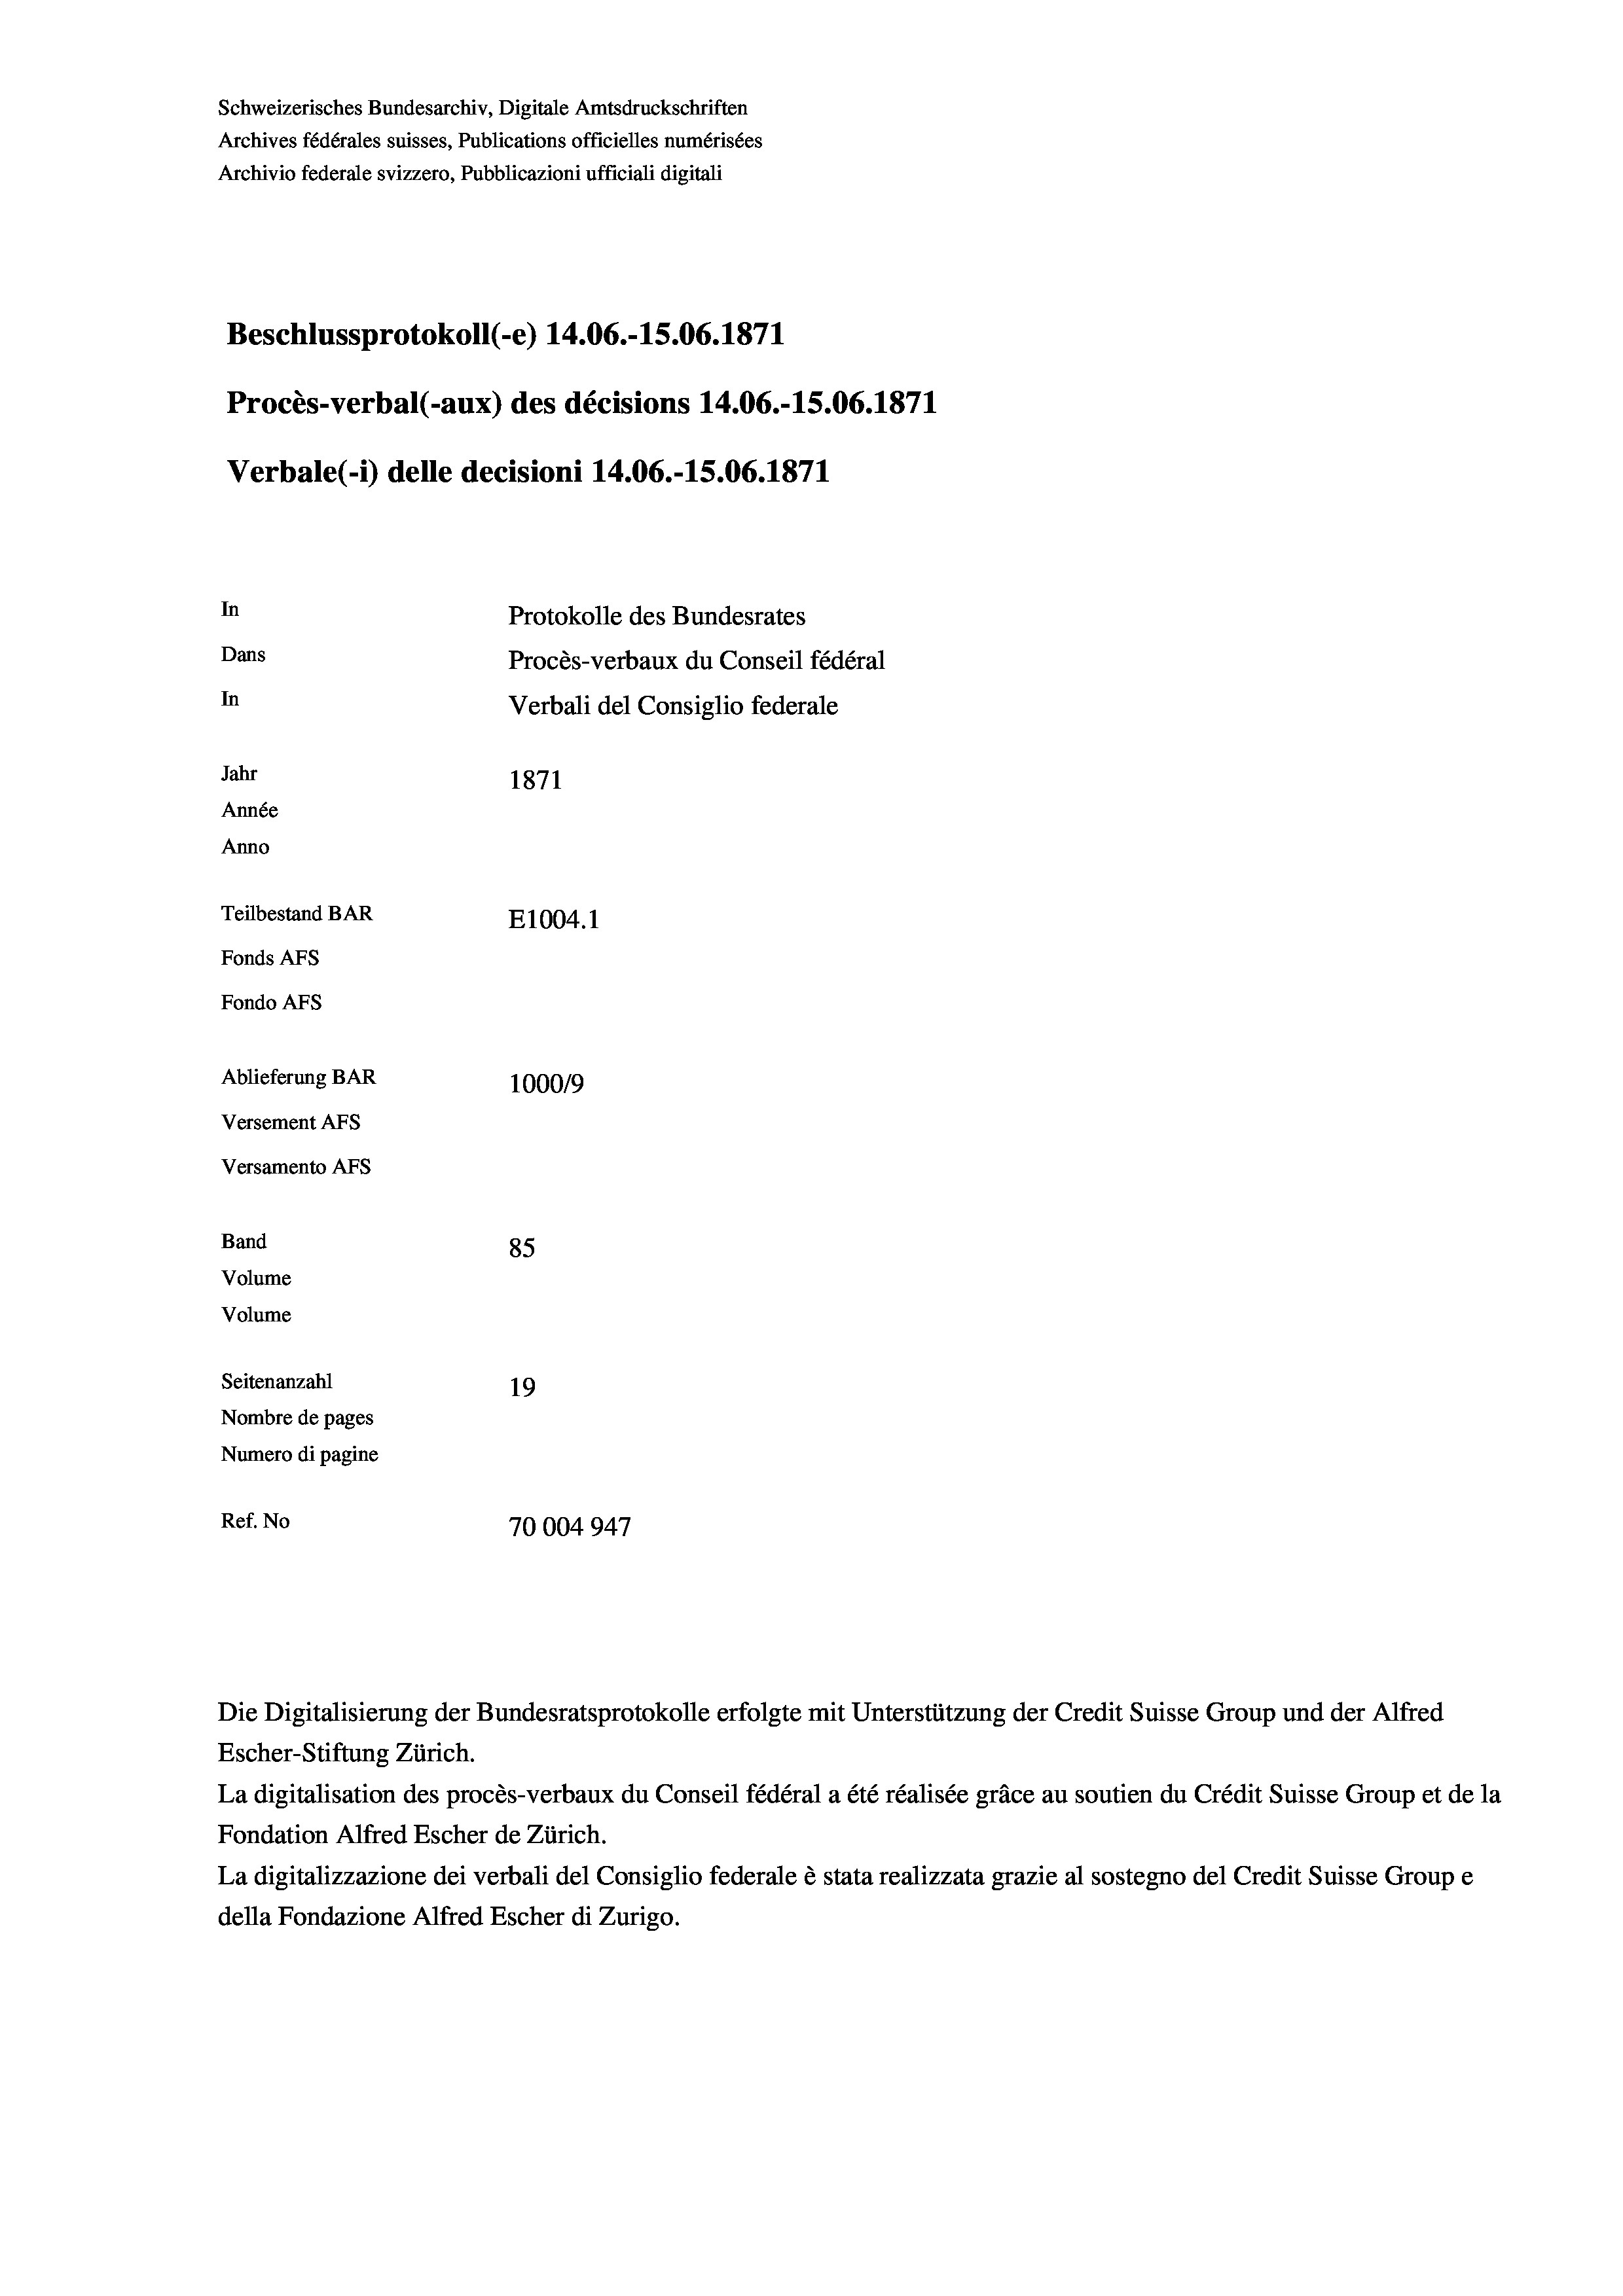
Schweizerisches Bundesarchiv, Digitale Amtsdruckschriften
Archives fédérales suisses, Publications officielles numérisées
Archivio federale svizzero, Pubblicazioni ufficiali digitali
Beschlussprotokoll (-e) 14.06.-15.06. 1871
Procès-verbal (-aux) des décisions 14.06.-15.06. 1871
Verbale (- 1) delle decisioni 14.06.-15.06. 1871
In
Protokolle des Bundesrates
Dans
Procès-verbaux du Conseil fédéral
In
Verbali del Consiglio federale
Jahr
1871
Année
Anno
Teilbestand BAR
E1004. 1
Fonds AFs
Fondo Afs
Ablieferung BAR
100019
Versement AFs
Versamento AFs

85
Seitenanzahl
19
Nombre de pages
Numero di pagine
Ref. No
70004947

Band
Volume

Volume

Escher-Stiftung Zürich.
La digitalisation des procès-verbaux du Conseil fédéral a été réalisée gräce au soutien du Crédit Suisse Group et de la
Fondation Alfred Escher de Zürich.
La digitalizzazione dei verbali del Consiglio federale è stata realizzata grazie al sostegno del Credit Suisse Groupe
della Fondazione Alfred Escher di Zurigo.

Die Digitalisierung der Bundesratsprotokolle erfolgte mit Unterstützung der Credit Suisse Group und der Alfred